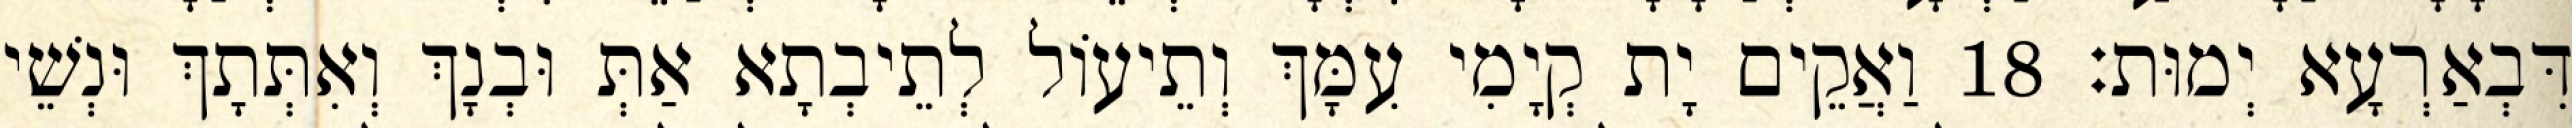
דִּבְאַרְעָא יְמוּת׃ 18 וַאֲקֵים יָת קְיָמִי עִמָּךְ וְתֵיעוֹל לְתֵיבְתָא אַתְּ וּבְנָךְ וְאִתְּתָךְ וּנְשֵׁי